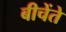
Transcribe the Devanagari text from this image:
बीचेंते